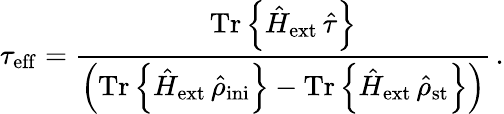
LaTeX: \tau_{\mathrm{eff}}=\frac{\mathrm{Tr}\left\{ {\hat{H}}_{\mathrm{ext}}\, {\hat{\tau}}\right\} }{\left(\mathrm{Tr}\left\{ {\hat{H}}_{\mathrm{ext}}\, {\hat{\rho}}_{\mathrm{ini}}\right\} -\mathrm{Tr}\left\{ {\hat{H}}_{\mathrm{ext}}\, {\hat{\rho}}_{\mathrm{st}}\right\} \right)}\, .